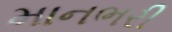
માનભરી